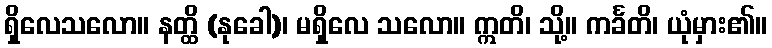
ရှိလေသလော။ နတ္ထိ (နုခေါ)၊ မရှိလေ သလော။ ဣတိ၊ သို့။ ကင်္ခတိ၊ ယုံမှား၏။